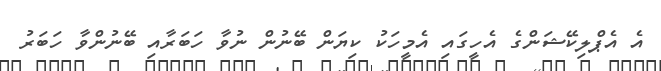
އެ އެޕްލިކޭޝަންގެ އެހީގައި އެމީހަކު ކިޔަން ބޭނުން ނުވާ ހަބަރާއި ބޭނުންވާ ހަބަރު